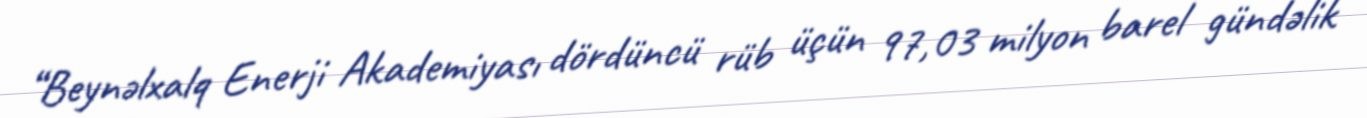
“Beynəlxalq Enerji Akademiyası dördüncü rüb üçün 97,03 milyon barel gündəlik